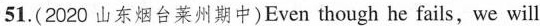
51. (2020 山东烟台莱州期中)Even though he fails，we will